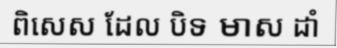
ពិសេស ដែល បិទ មាស ដាំ